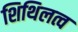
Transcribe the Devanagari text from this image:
शिथिलत्व